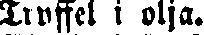
Truffel i olja.